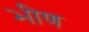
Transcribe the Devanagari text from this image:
भीण